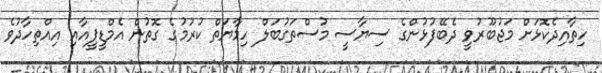
ހިތާއިދެކޮޅަށް މަޖުބޫރުވީ ދެބޭފުޅުންގެ ސިޔާސީ މުސްތަގުބަލް ހިމާޔަތް ކުރުމުގެ ގޮތުން އެމްޑީޕީއާއި އިއްތިހާދުވެ